[Report on the health of British troops in the Madras command]
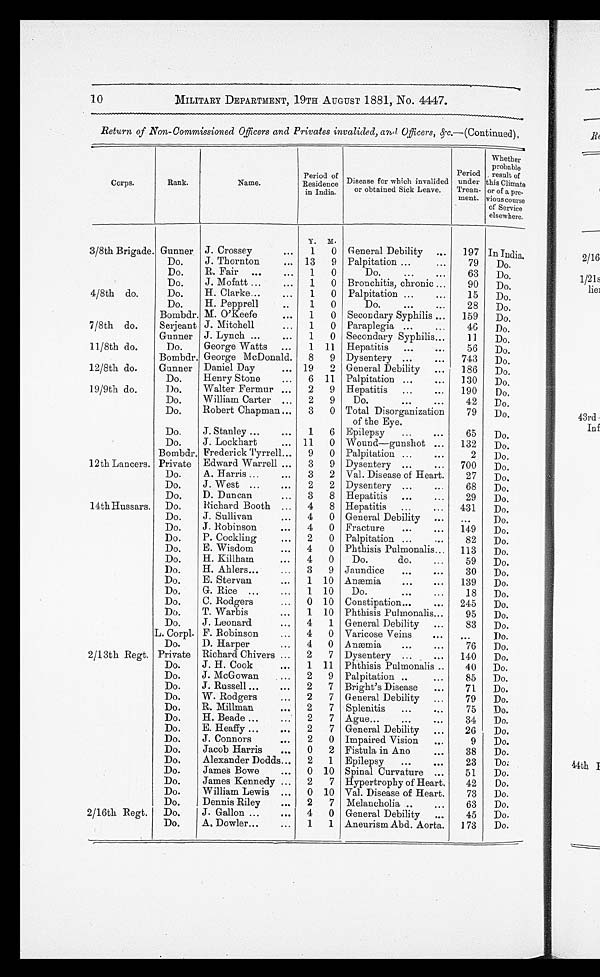
10
MILITARY DEPARTMENT, 19TH AUGUST 1881, No. 4447.
Return, of Non-Commissioned Officers and Privates invalided, and Officers, &c.—(Continued),
Corps.
Rank.
Name.
Period of
Residence
in India.
Disease for which invalided
or obtained Sick Leave.
Period
under der
Treat-
m e n t .
Whether
probable
result of
t hi s i s Cl i mat e
or of a pre-
vious coarse
of Service
elsewhere.
Y.
M .
3/8th Brigade. Gunner J. Crossey
...
1
0 General Debility
. . .
197 In India.
Do.
J. Thornton
. . .
13
9 Palpitation ...
. . .
79
Do.
Do.
R. Fair ...
...
1
0
Do.
...
...
63
Do.
Do.
J. Mofatt ...
...
1
0 Bronchitis, chronic ...
90
Do.
4/8th do.
Do.
H. Clarke...
. . .
1
0 Palpitation ...
. . .
15
Do.
Do.
H. Pepprell
..
1
0
Do.
. . .
. . .
28
Do.
Bombdr. M. O'Keefe
...
1
0 Secondary Syphilis ...
159
Do.
7/8th do.
Serjeant J. Mitchell
. . .
1
0 Paraplegia ..
...
46
Do.
Gunner J. Lynch ...
...
1
0 Secondary Syphilis...
11
Do.
11/8th do.
Do.
George Watts ...
1
1 1
Hepatitis ...
...
56
Do.
Bombdr. George McDonald.
8
9 Dysentery ...
...
743
Do.
12/8th do.
Gunner Daniel Day
. . .
19
2 General Debility ...
186
Do.
Do.
Henry Stone
...
6 11 Palpitation ...
...
130
Do..
19/9th do.
Do.
Walter Fermur ...
2
9 Hepatitis ...
...
190
Do.
Do.
William Cartes ...
2
9
Do.
...
. . .
42
Do.
Do.
Robert Chapman ... 3
0 Total Disorganization
of the Eye.
79
Do.
Do.
J. Stanley ...
...
1
6 Epilepsy
...
. . .
65
Do.
Do.
J. Lockhart
... 11
0 Wound—gunshot ...
132
Do.
Bombdr. Frederick Tyrrell...
9
0 Palpitation ...
. . .
2
Do.
12th Lancers. Private Edward Warrell ...
3
9 Dysentery ...
...
700
Do.
Do.
A. Harris ...
...
3
2 Val. Disease of Heart.
27
Do.
Do.
J. West ...
...
2
2 Dysentery ...
. . .
68
Do.
Do.
D. Duncan
...
3
8 Hepatitis ...
. . .
29
Do.
14th Hussars. Do.
Richard Booth ...
4
8 Hepatitis ...
...
431
Do.
Do.
J. Sullivan
...
4
0 General Debility ...
...
Do.
Do.
J. Robinson
...
4
0 Fracture
...
...
149
Do.
Do.
P. Cockling
...
2
0 Palpitation ...
. . .
82
Do.
Do.
E. Wisdom
...
4
0 Phthisis Pulmonalis...
113
Do.
Do.
H. Killham
...
4
0
Do.
do
...
5 9
Do.
Do.
H. Ahlers
...
3
9 Jaundice
...
. . .
30
Do.
Do.
E. Stervan
...
1 10 Anæmia
...
...
139
Do.
Do.
G. Rice ...
. . .
1 10
Do.
...
...
18
Do.
Do.
C. Rodgers
. . . . . . . . .
0 10 Constipation...
...
245
Do.
Do.
T. Warbis
. . .
1 10 Phthisis Pulmonalis...
95
Do.
Do.
J. Leonard
...
4
1 General Debility .........
83
Do.
L. Corpl. F. Robinson
...
4
0 Varicose Veins
. . .
. . .
Do.
Do.
D. Harper
...
4
0
Anæmia
...
. . .
76
Do.
2/13th Regt. Private Richard Chivers ...
2
7 Dysentery ...
...
140
Do.
Do.
J. H. Cook
...
1 11 Phthisis Pulmonalis ..
40
Do.
Do.
J. McGowan
...
2
9 Palpitation ...
. . .
85
Do.
Do.
J. Russell ...
...
2
7 Bright's Disease
...
71
Do.
Do.
W. Rodgers
...
2
7 General Debility
. . .
79
Do.
Do.
R. Millman.
...
2
7 Splenitis
...
. . .
75
Do.
Do.
H. Beade ...
...
2
7 Ague...
...
. . .
34
Do.
Do.
E. Heaffy ...
...
2
7 General Debility ...
26
Do.
Do.
J. Connors
...
2
0 Impaired Vision
...
9
Do.
Do.
Jacob Harris
. . .
0
2 Fistula in Ano
. . .
38
Do.
Do.
Alexander Dodds...
2
1 Epilepsy
...
...
23
D o .
Do.
James Bowe
...
0
10 Spinal Curvature ...
51
Do.
Do.
James Kennedy ...
2
7 Hypertrophy of Heart.
42
Do.
Do.
William Lewis ...
0 10 Val. Disease of Heart.
73
Do.
Do.
Dennis Riley
. . .
2
7 Melancholia .
. . .
63
Do.
2/16th Regt.
Do.
J. Gallon ...
...
4
0 General Debility ...
45
Do.
Do.
A. Dowler...
...
1
1 Aneurism Abd. Aorta.
173
Do.